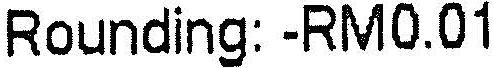
ROUNDING: -RM0.01